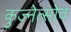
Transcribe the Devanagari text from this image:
कुज्नेत्सोव